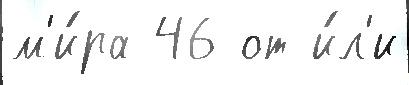
м'и́ра 46 от и́л'и